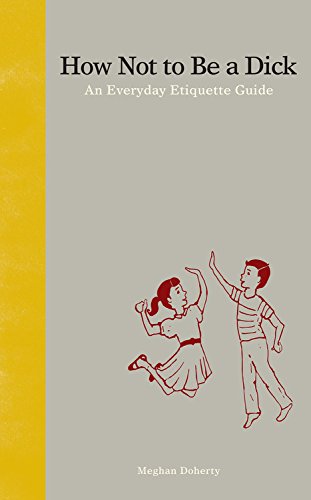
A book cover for How Not to Be a Dick: An Everyday Etiquette Guide; Meghan Doherty; Teen & Young Adult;